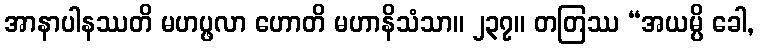
အာနာပါနဿတိ မဟပ္ဖလာ ဟောတိ မဟာနိသံသာ။ ၂၃၇။ တတြဿ “အယမ္ပိ ခေါ,